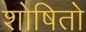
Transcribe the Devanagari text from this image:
शोषितो